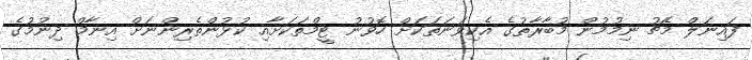
ފައިނަލް މެޗު ނިމުމުން މުބާރާތުގެ އެކިވަނަތަކަށް ހޮވުނު ޓީމްތަކަށާއި ކުޅުންތެރިންނަށް އިނާމް ދިނުމުގެ